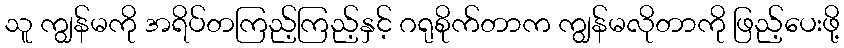
သူ ကျွန်မကို အရိပ်တကြည့်ကြည့်နှင့် ဂရုစိုက်တာက ကျွန်မလိုတာကို ဖြည့်ပေးဖို့